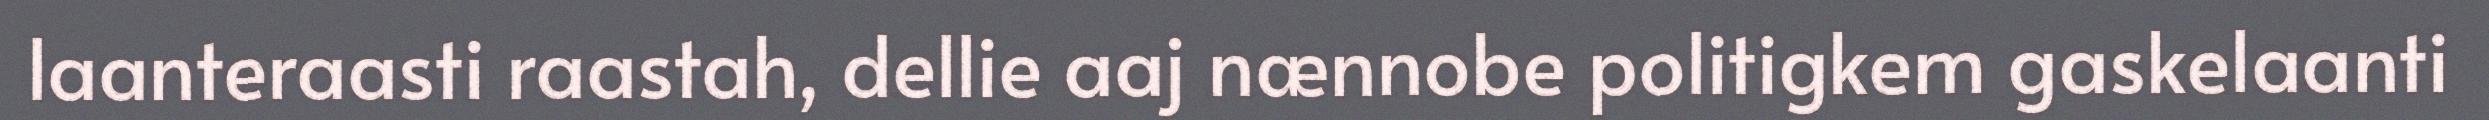
laanteraasti raastah, dellie aaj nænnobe politigkem gaskelaanti